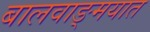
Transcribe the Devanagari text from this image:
बालवाङ्‌मयात